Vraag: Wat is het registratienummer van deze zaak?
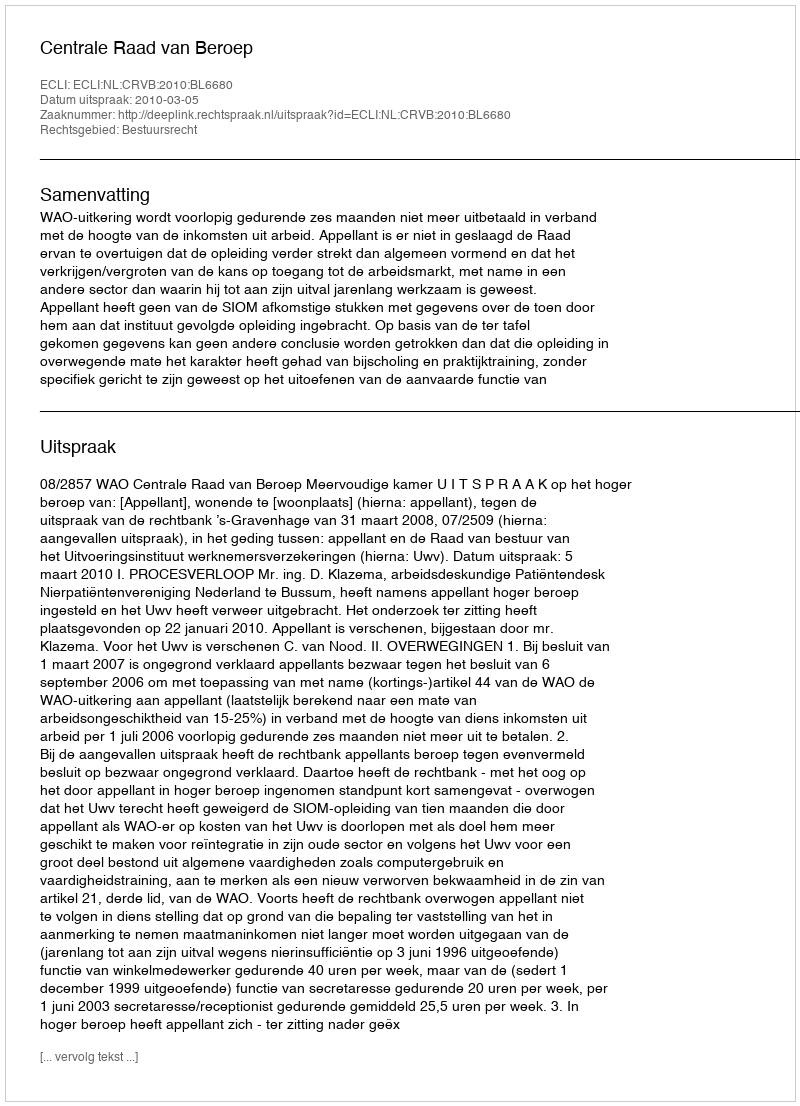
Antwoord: http://deeplink.rechtspraak.nl/uitspraak?id=ECLI:NL:CRVB:2010:BL6680